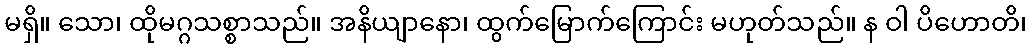
မရှိ။ သော၊ ထိုမဂ္ဂသစ္စာသည်။ အနိယျာနော၊ ထွက်မြောက်ကြောင်း မဟုတ်သည်။ န ဝါ ပိဟောတိ၊